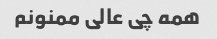
همه چی عالی ممنونم